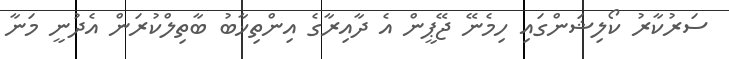
ސަރުކާރު ކޯލިޝަންގައި ހިމެނޭ ޖޭޕީން އެ ދާއިރާގެ އިންތިޚާބު ބާތިލްކުރަން އެދުނީ މަނާ